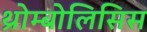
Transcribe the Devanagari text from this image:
थ्रोम्बोलिसिस